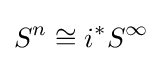
S^{n}\cong i^{*}S^{\infty }